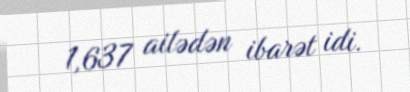
1,637 ailədən ibarət idi.